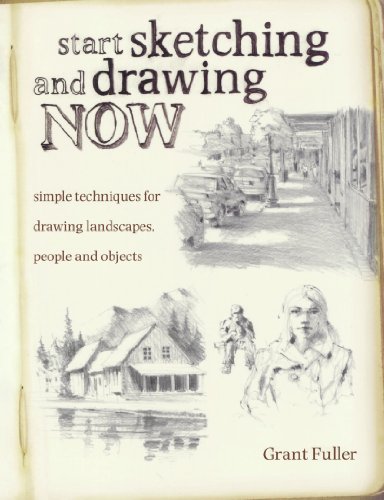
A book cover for Start Sketching & Drawing Now: Simple techniques for drawing landscapes, people and objects; Grant Fuller; Arts & Photography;